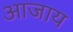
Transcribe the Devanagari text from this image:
आजाय